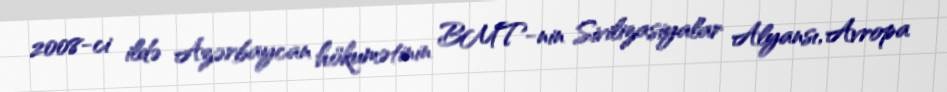
2008-ci ildə Azərbaycan hökumətinin BMT-nin Sivilizasiyalar Alyansı, Avropa